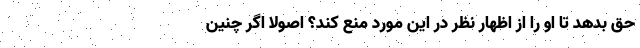
حق بدهد تا او را از اظهار نظر در این مورد منع کند؟ اصولا اگر چنین